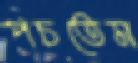
পচতেম